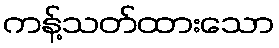
ကန့်သတ်ထားသော